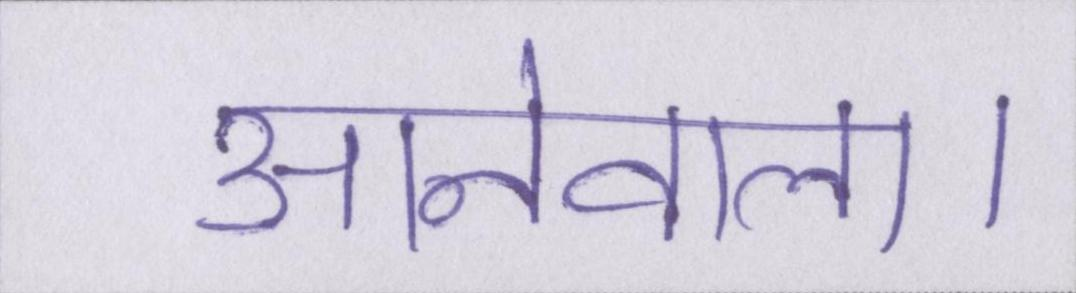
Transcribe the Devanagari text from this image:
आनेवाला।